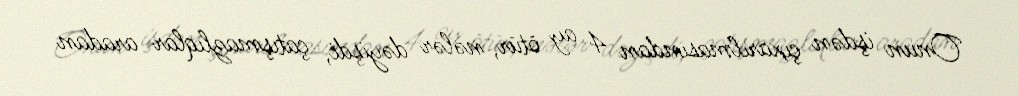
Onun işdən çıxarılmasından 4 ay ötür, nələr dəyişdi, çatışmazlıqlar aradan